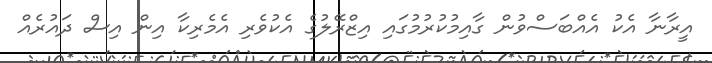
އީރާނާ އެކު އެއްބަސްވުން ގާއިމުކުރުމުގައި އިޒްރޭލުގެ އެކުވެރި އެމެރިކާ އިން އިސް ދައުރެއް